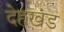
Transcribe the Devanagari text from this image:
देहखंड